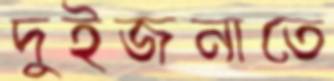
দুইজনাতে